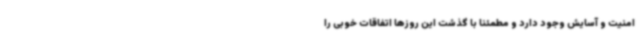
امنیت و آسایش وجود دارد و مطمئناً با گذشت این روزها اتفاقات خوبی را